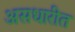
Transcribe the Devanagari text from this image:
असधारीत